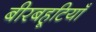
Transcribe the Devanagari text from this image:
बीरबहूटियाँ